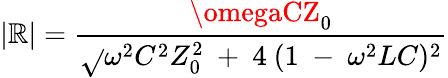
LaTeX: |\mathbb{R}|={\frac{{\omegaCZ_{0}}}{{\sqrt{}{{\omega^{2}C^{2}Z_{0}^{2}~+~4~(1~-~\omega^{2}LC)^{2}}}}}}